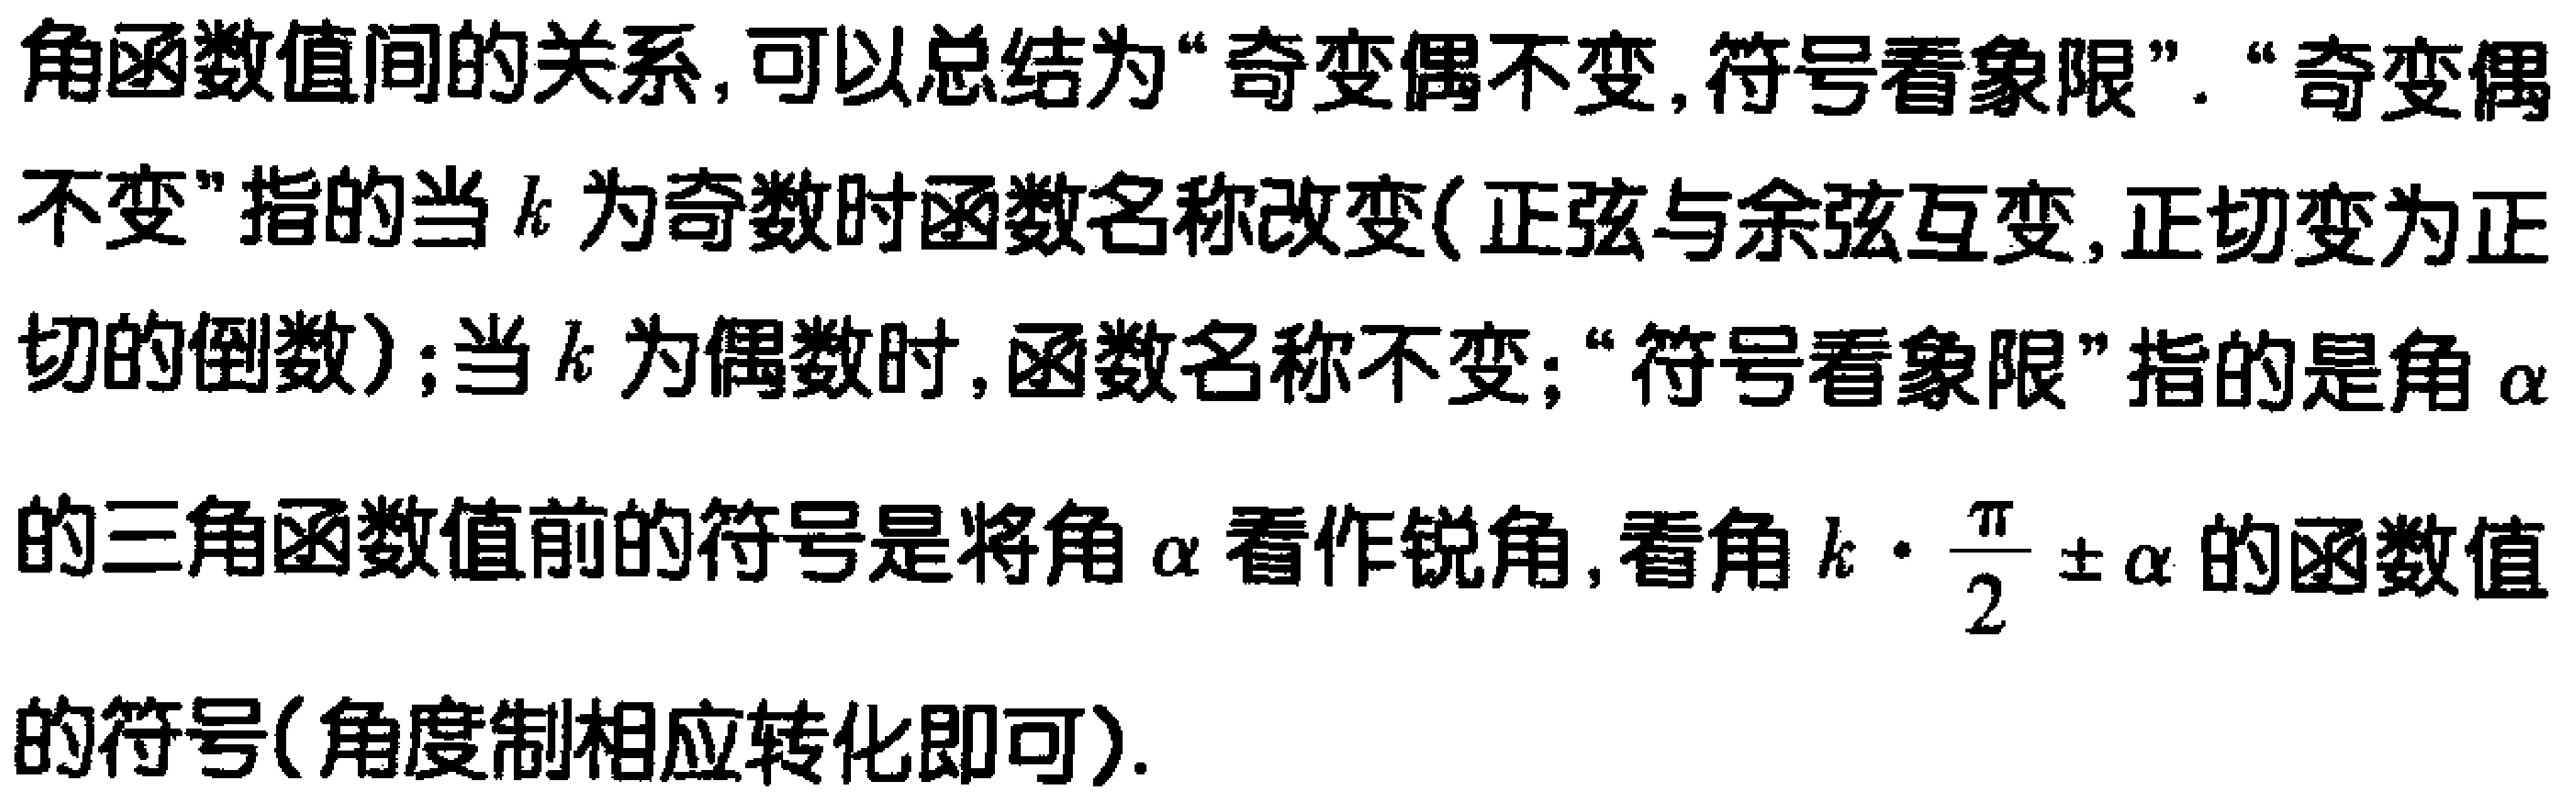
角函数值间的关系,可以总结为“奇变偶不变,符号看象限”.“奇变偶不变”指的当 \(k\) 为奇数时函数名称改变(正弦与余弦互变,正切变为正切的倒数);当 \(k\) 为偶数时,函数名称不变;“符号看象限”指的是角 \(\alpha\) 的三角函数值前的符号是将角 \(\alpha\) 看作锐角,看角 \(k\cdot\frac{\pi}{2}\pm\alpha\) 的函数值的符号(角度制相应转化即可).